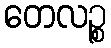
တေလဉ္စ